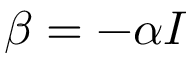
\beta = - \alpha I